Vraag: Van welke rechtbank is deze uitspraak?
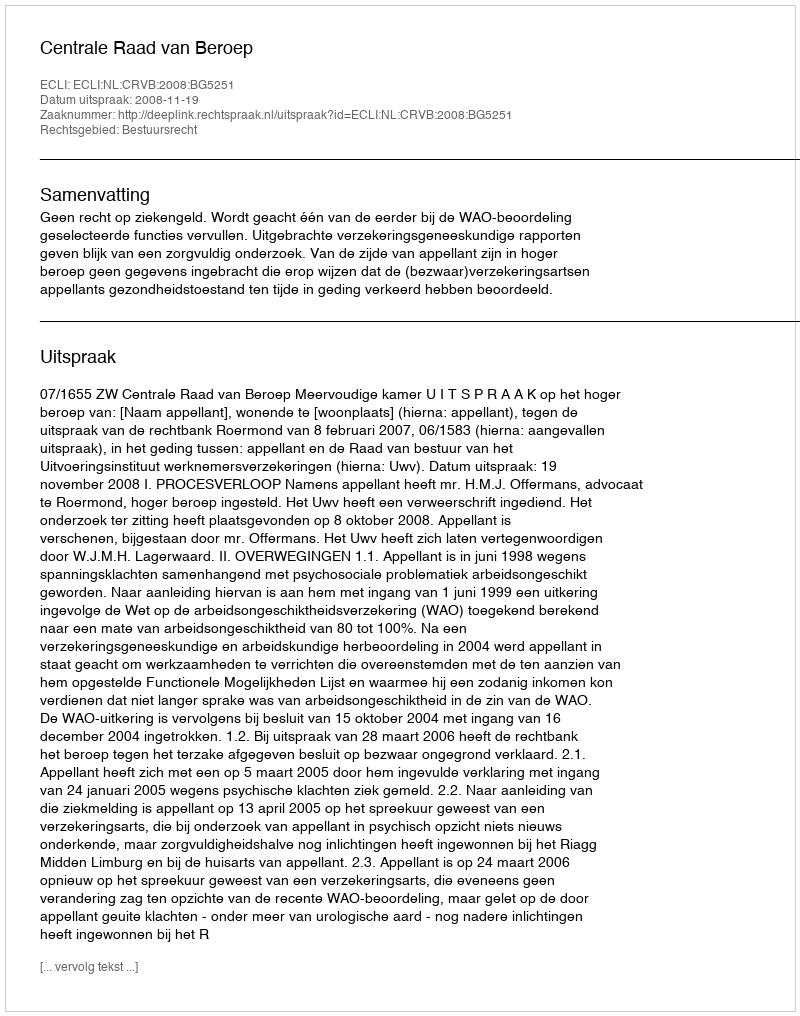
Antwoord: Centrale Raad van Beroep